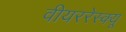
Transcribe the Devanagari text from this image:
वीयररेस्क्यू